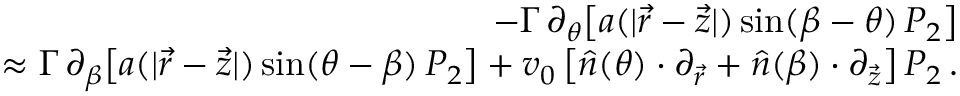
\begin{array} { r l r } & { } & { - \Gamma \, \partial _ { \theta } \big [ a ( | \vec { r } - \vec { z } | ) \, \mathrm { s i n } ( \beta - \theta ) \, P _ { 2 } \big ] } \\ & { } & { \approx \Gamma \, \partial _ { \beta } \big [ a ( | \vec { r } - \vec { z } | ) \, \mathrm { s i n } ( \theta - \beta ) \, P _ { 2 } \big ] + v _ { 0 } \left[ \hat { n } ( \theta ) \cdot \partial _ { \vec { r } } + \hat { n } ( \beta ) \cdot \partial _ { \vec { z } } \right] P _ { 2 } \, . } \end{array}